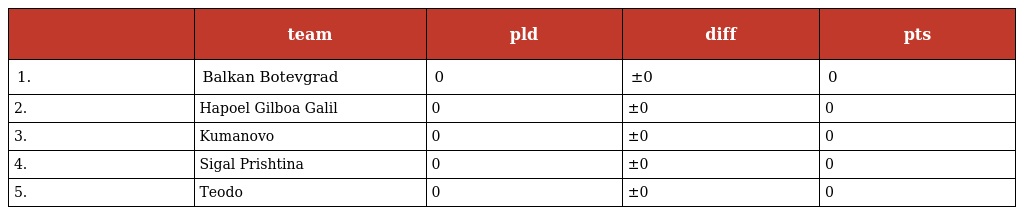
|  | team | pld | diff | pts |
 | --- | --- | --- | --- | --- |
 | 1. | Balkan Botevgrad | 0 | ±0 | 0 |
 | 2. | Hapoel Gilboa Galil | 0 | ±0 | 0 |
 | 3. | Kumanovo | 0 | ±0 | 0 |
 | 4. | Sigal Prishtina | 0 | ±0 | 0 |
 | 5. | Teodo | 0 | ±0 | 0 |